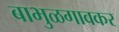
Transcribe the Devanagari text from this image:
बाभुळगावकर